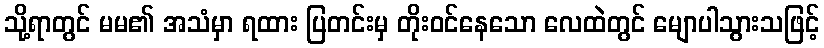
သို့ရာတွင် မမ၏ အသံမှာ ရထား ပြတင်းမှ တိုးဝင်နေသော လေထဲတွင် မျောပါသွားသဖြင့်